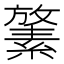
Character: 𪯛